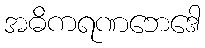
အဓိကရဏဘေဒေါ